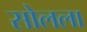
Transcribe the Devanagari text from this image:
सोलला